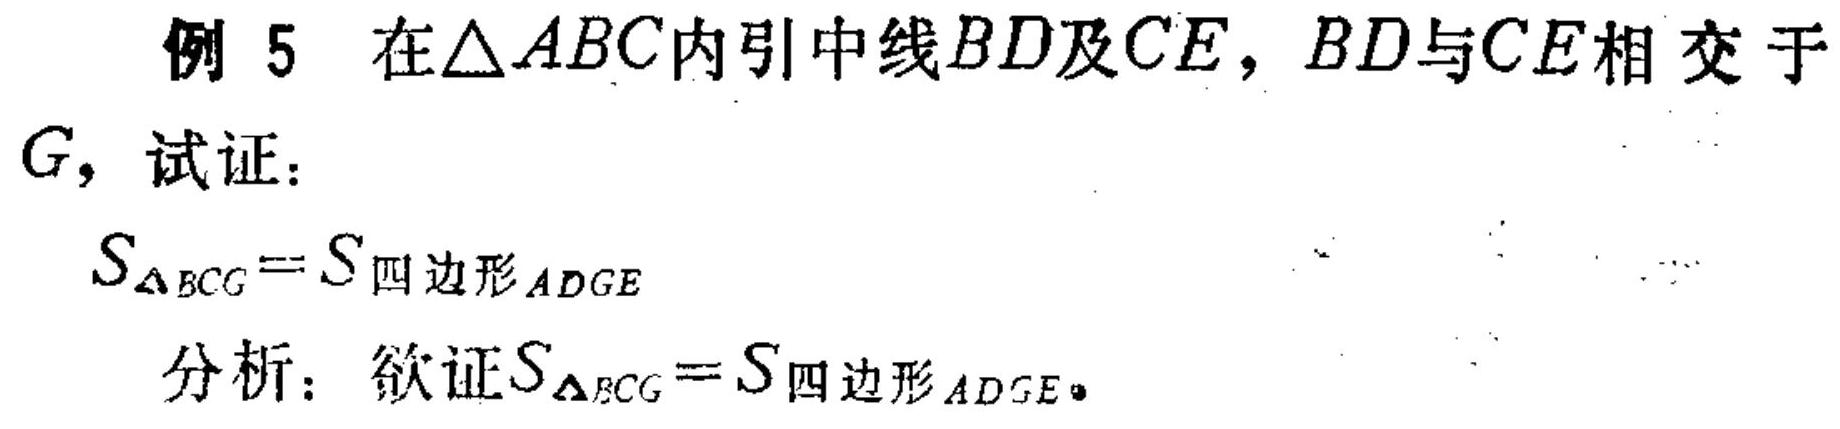
例 5 在\(\triangle ABC\)内引中线\(BD\)及\(CE\)，\(BD\)与\(CE\)相交于\(G\)，试证：
\[S_{\triangle BCG}=S_{四边形ADGE}\]
分析：欲证\(S_{\triangle BCG}=S_{四边形ADGE}\)。